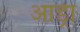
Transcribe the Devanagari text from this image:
आंड्रा